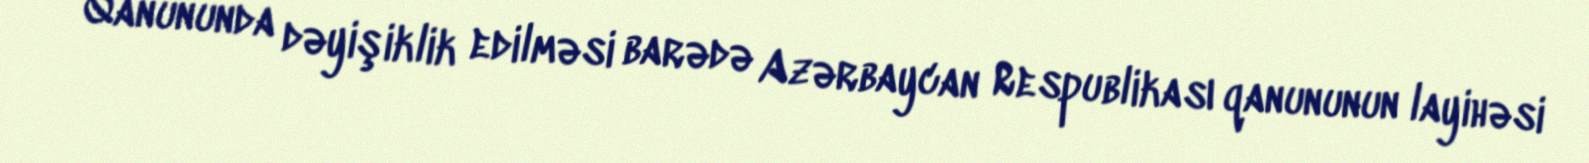
Qanununda dəyişiklik edilməsi barədə Azərbaycan Respublikası qanununun layihəsi